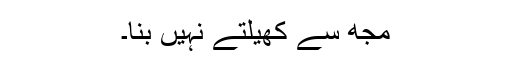
مجھ سے کھیلتے نہیں بنا۔